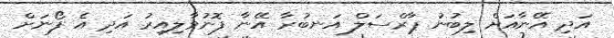
އަދި އޭނާއަށް ލިބުނު ޕާރްސަލް އަނބުރާ އޭނާ ފޮނުވާލިއިރު އަދި އެ ފޯނަށް